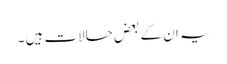
یہ ان کے بعض حالات ہیں ۔